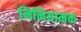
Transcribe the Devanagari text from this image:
निनियामक